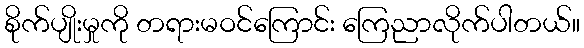
စိုက်ပျိုးမှုကို တရားမဝင်ကြောင်း ကြေညာလိုက်ပါတယ်။